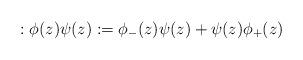
LaTeX: \begin{align*}:\phi (z)\psi(z): = \phi_{-}(z)\psi(z)+\psi(z)\phi_{+}(z)\end{align*}